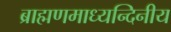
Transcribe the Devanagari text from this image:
ब्राह्मणमाध्यन्दिनीय